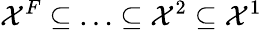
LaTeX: \mathcal{X}^{F}\subseteq\ldots\subseteq\mathcal{X}^{2}\subseteq\mathcal{X}^{1}